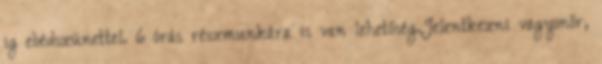
ig ebédszünettel. 6 órás részmunkára is van lehetőség.Jelentkezni vagyonőr,